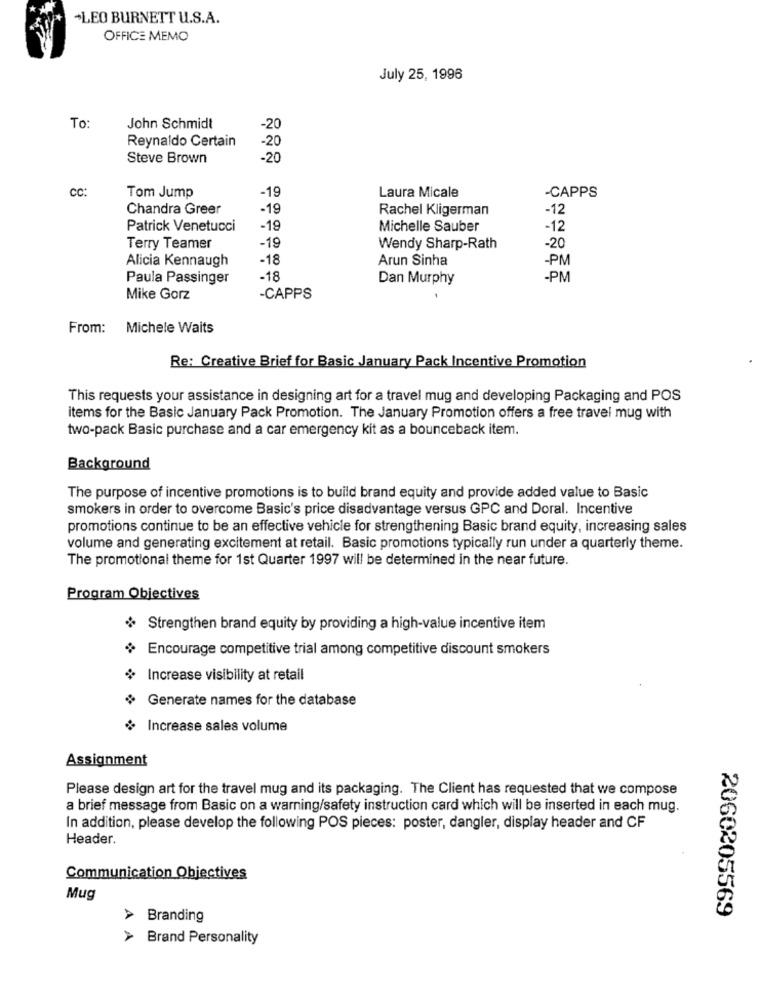
+LEO BURNETT U.S.A.
OFFICE MEMO
July 25, 1996
To
John Schmidt
-20
Reynaldo Certain
-20
Steve Brown
-20
cc:
-19
Tom Jump
Laura Micale
-CAPPS
Chandra Greer
-19
Rachel Kligerman
-12
Patrick Venetucci
-19
Michelle Sauber
-12
Terry Teamer
-19
Wendy Sharp-Rath
-20
Alicia Kennaugh
-18
Arun Sinha
-PM
Paula Passinger
-18
Dan Murphy
-PM
Mike Gorz
-CAPPS
From: Michele Waits
Re: Creative Brief for Basic January Pack Incentive Promotion
This requests your assistance in designing art for a travel mug and developing Packaging and POS
items for the Basic January Pack Promotion. The January Promotion offers a free travel mug with
two-pack Basic purchase and a car emergency kit as a bounceback item.
Background
The purpose of incentive promotions is to build brand equity and provide added value to Basic
smokers in order to overcome Basic's price disadvantage versus GPC and Doral. Incentive
promotions continue to be an effective vehicle for strengthening Basic brand equity, increasing sales
volume and generating excitement at retail. Basic promotions typically run under a quarterly theme.
The promotional theme for 1st Quarter 1997 will be determined in the near future.
Program Objectives
Strengthen brand equity by providing a high-value incentive item
Encourage competitive trial among competitive discount smokers
$ Increase visibility at retail
Generate names for the database
¿ Increase sales volume
Assignment
Please design art for the travel mug and its packaging. The Client has requested that we compose
a brief message from Basic on a warning/safety instruction card which will be inserted in each mug.
In addition, please develop the following POS pieces: poster, dangler, display header and CF
Header.
Communication Objectives
Mug
2060205569
> Branding
> Brand Personality